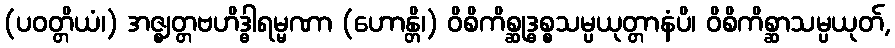
(ပဝတ္တိယံ၊) အဇ္ဈတ္တဗဟိဒ္ဓါရမ္မဏာ (ဟောန္တိ၊) ဝိစိကိစ္ဆုဒ္ဓစ္စသမ္ပယုတ္တာနံပိ၊ ဝိစိကိစ္ဆာသမ္ပယုတ်,